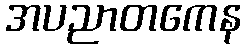
အပညာတကေန